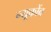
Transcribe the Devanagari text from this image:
न्यूकोंब